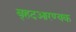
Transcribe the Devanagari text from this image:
बृहदआरण्यक